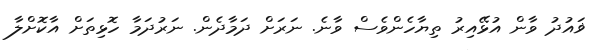
ޥައުދު ވާން އުޅޭއިރު ތިޔާހެންވެސް ވާނެ. ނަރަށް ދަމާދެން. ނަރުދަމާ ހޮޅިތަށް އާކޮށްލާ